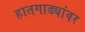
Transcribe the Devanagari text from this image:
हातगाड्यांवर